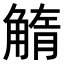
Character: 𧤓